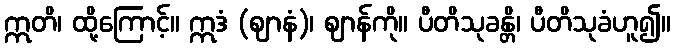
ဣတိ၊ ထို့ကြောင့်။ ဣဒံ (ဈာနံ)၊ ဈာန်ကို။ ပီတိသုခန္တိ၊ ပီတိသုခံဟူ၍။